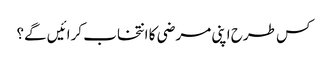
کس طرح اپنی مرضی کا انتخاب کرائیں گے؟